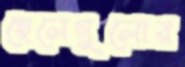
ছেলেগুলোর